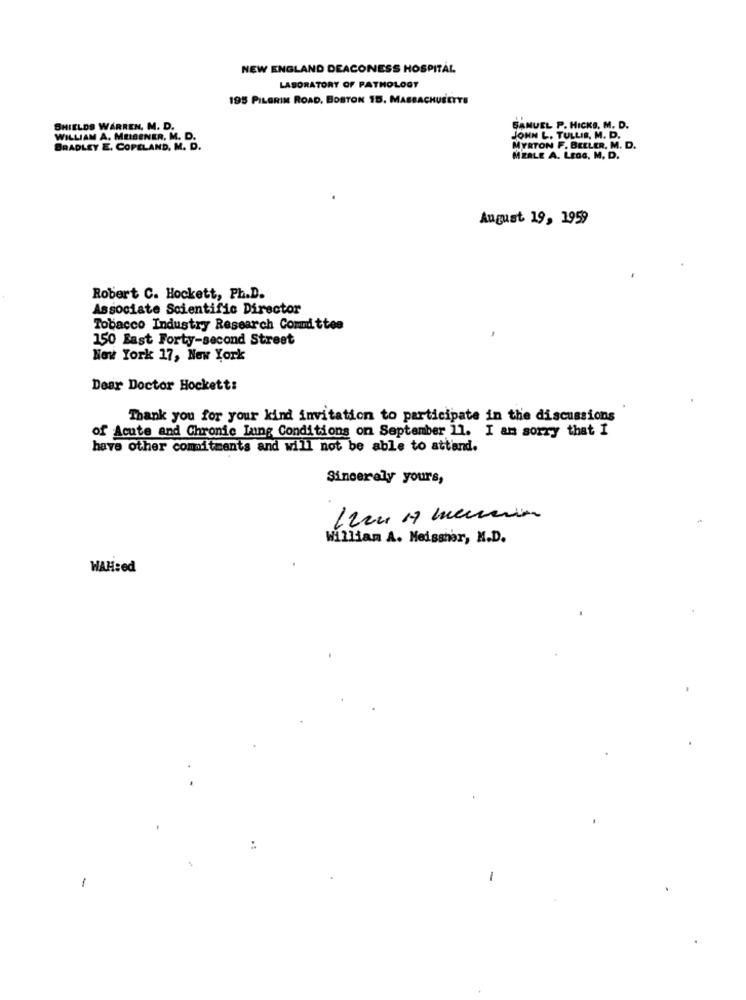
NEW ENGLAND DEACONESS HOSPITAL
LABORATORY OF PATHOLOGY
195 PILGRIM ROAD, BOSTON 15, MASSACHUSETTS
SHIELDS WARREN, M. D.
BANUEL P. HICKS, M. D.
WILLIAM A. MEISENER. M. D.
JOHN L. TULLIS, M. D.
BRADLEY E. COPELAND, M. D.
MYRTON F. BEELER, M. D.
MERLE A. LEas, M. D.
August 19, 1959
Robert C. Hockett, Ph.D.
Associate Scientific Director
Tobacco Industry Research Committee
150 East Forty-second Street
New York 17, New York
Dear Doctor Hockett:
Thank you for your kind invitation to participate in the discussions
of Acute and Chronic Lung Conditions on September 11. I am sorry that I
have other commitments and will not be able to attand.
Sincerely yours,
William A. Meissner, M.D.
WAH:ed
.: